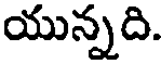
యున్నది.